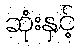
ဆုံးနှင့်